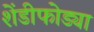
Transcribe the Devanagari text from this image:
शेंडीफोड्या